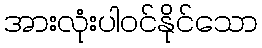
အားလုံးပါဝင်နိုင်သော